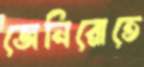
জেনিরোতে